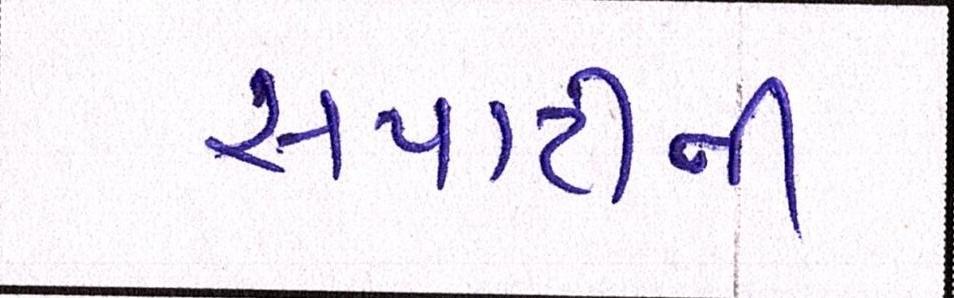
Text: સપાટીની